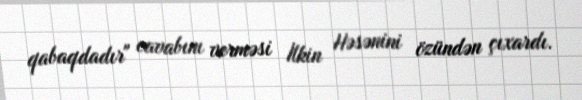
qabaqdadır" cavabını verməsi İlkin Həsənini özündən çıxardı.